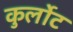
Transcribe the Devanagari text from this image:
कुर्लोट